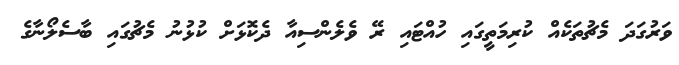
ވަރުގަދަ މެޗުތަކެއް ކުރިމަތީގައި ހުއްޓައި ރޭ ވެލެންސިއާ ދެކޮޅަށް ކުޅުނު މެޗުގައި ބާސެލޯނާގެ